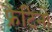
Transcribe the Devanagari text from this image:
फ्रैटिनो